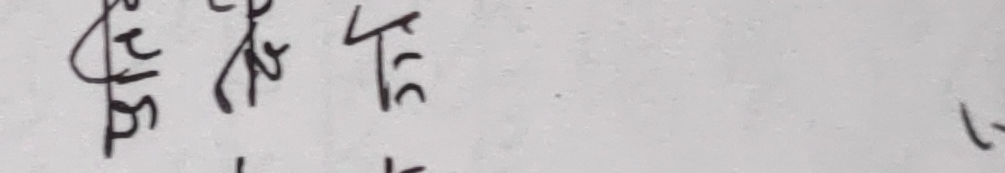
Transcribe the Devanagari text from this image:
रहेने तह